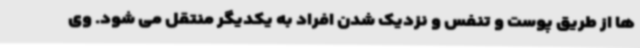
ها از طریق پوست و تنفس و نزدیک شدن افراد به یکدیگر منتقل می شود. وی